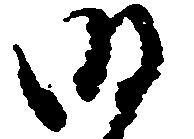
明